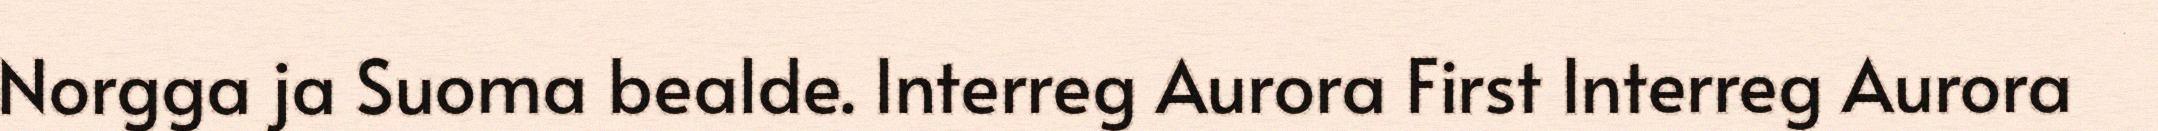
Norgga ja Suoma bealde. Interreg Aurora First Interreg Aurora